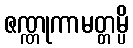
ဇဏ္ဏုကာမတ္တမ္ပိ